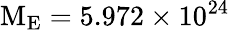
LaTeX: \mathrm{M_{E}}=5.972\times 10^{24}